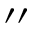
^ { \prime \prime }